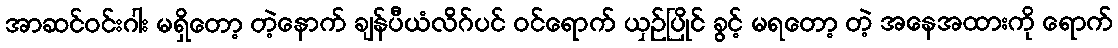
အာဆင်ဝင်းဂါး မရှိတော့ တဲ့နောက် ချန်ပီယံလိဂ်ပင် ဝင်ရောက် ယှဉ်ပြိုင် ခွင့် မရတော့ တဲ့ အနေအထားကို ရောက်